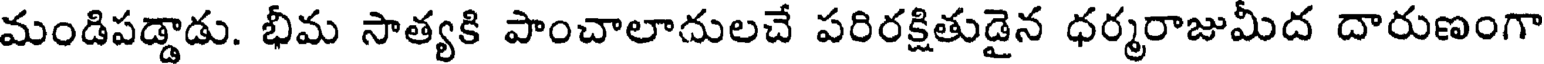
మండిపడ్డాడు. భీమ సాత్యకి పాంచాలాదులచే పరిరక్షితుడైన ధర్మరాజుమీద దారుణంగా